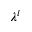
\lambda ^ { l }